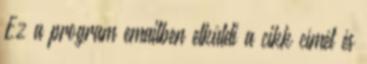
Ez a program emailben elküldi a cikk címét és